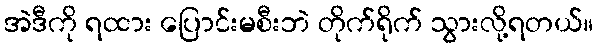
အဲဒီကို ရထား ပြောင်းမစီးဘဲ တိုက်ရိုက် သွားလို့ရတယ်။